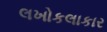
લખોકલાકાર